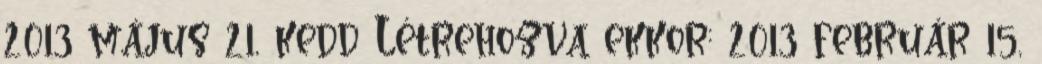
2013 május 21, kedd Létrehozva ekkor: 2013 február 15,